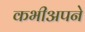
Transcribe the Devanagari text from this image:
कभीअपने